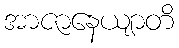
အာဇာနေယျာတိ